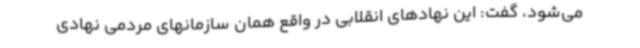
می‌شود، گفت: این نهادهای انقلابی در واقع همان سازمانهای مردمی نهادی